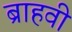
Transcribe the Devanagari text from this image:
ब्राहवी